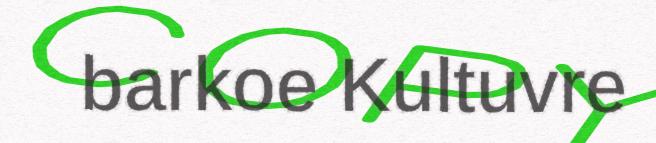
barkoe Kultuvre